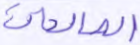
الصالحات